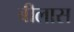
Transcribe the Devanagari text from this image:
बीलास